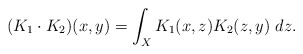
\begin{align*} (K_1\cdot K_2)(x,y) = \int_X K_1(x,z)K_2(z,y)~dz. \end{align*}